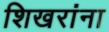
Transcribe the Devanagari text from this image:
शिखरांना